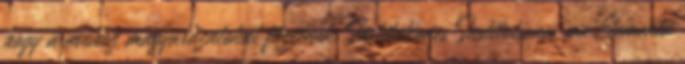
hogy a műhöz magyarázatokat fűzzenek. Institutiones Institutiones seu Elementa